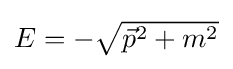
{\textstyle E=-{\sqrt {{\vec {p}}^{2}+m^{2}}}}